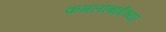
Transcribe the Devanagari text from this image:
कमलाबाईंच्या